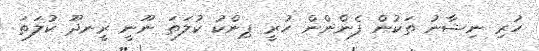
ހުރި ނިޝާނު ތަކުން ފެންންން ހުރީ ޕިންކު ކުލަތަ ނޫނީ ރީނދޫ ކުލަތަ